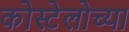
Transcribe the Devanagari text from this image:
कोस्टेलोच्या